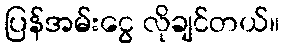
ပြန်အမ်းငွေ လိုချင်တယ်။